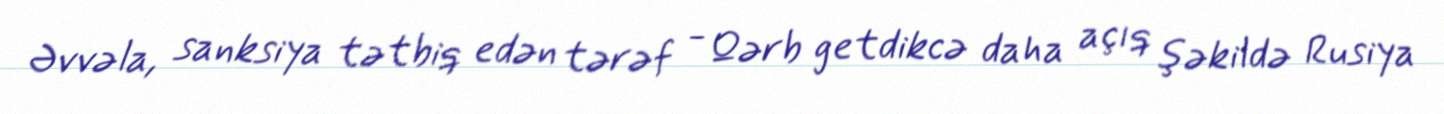
Əvvəla, sanksiya tətbiq edən tərəf - Qərb getdikcə daha açıq şəkildə Rusiya